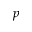
p